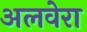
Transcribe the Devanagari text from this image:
अलवेरा